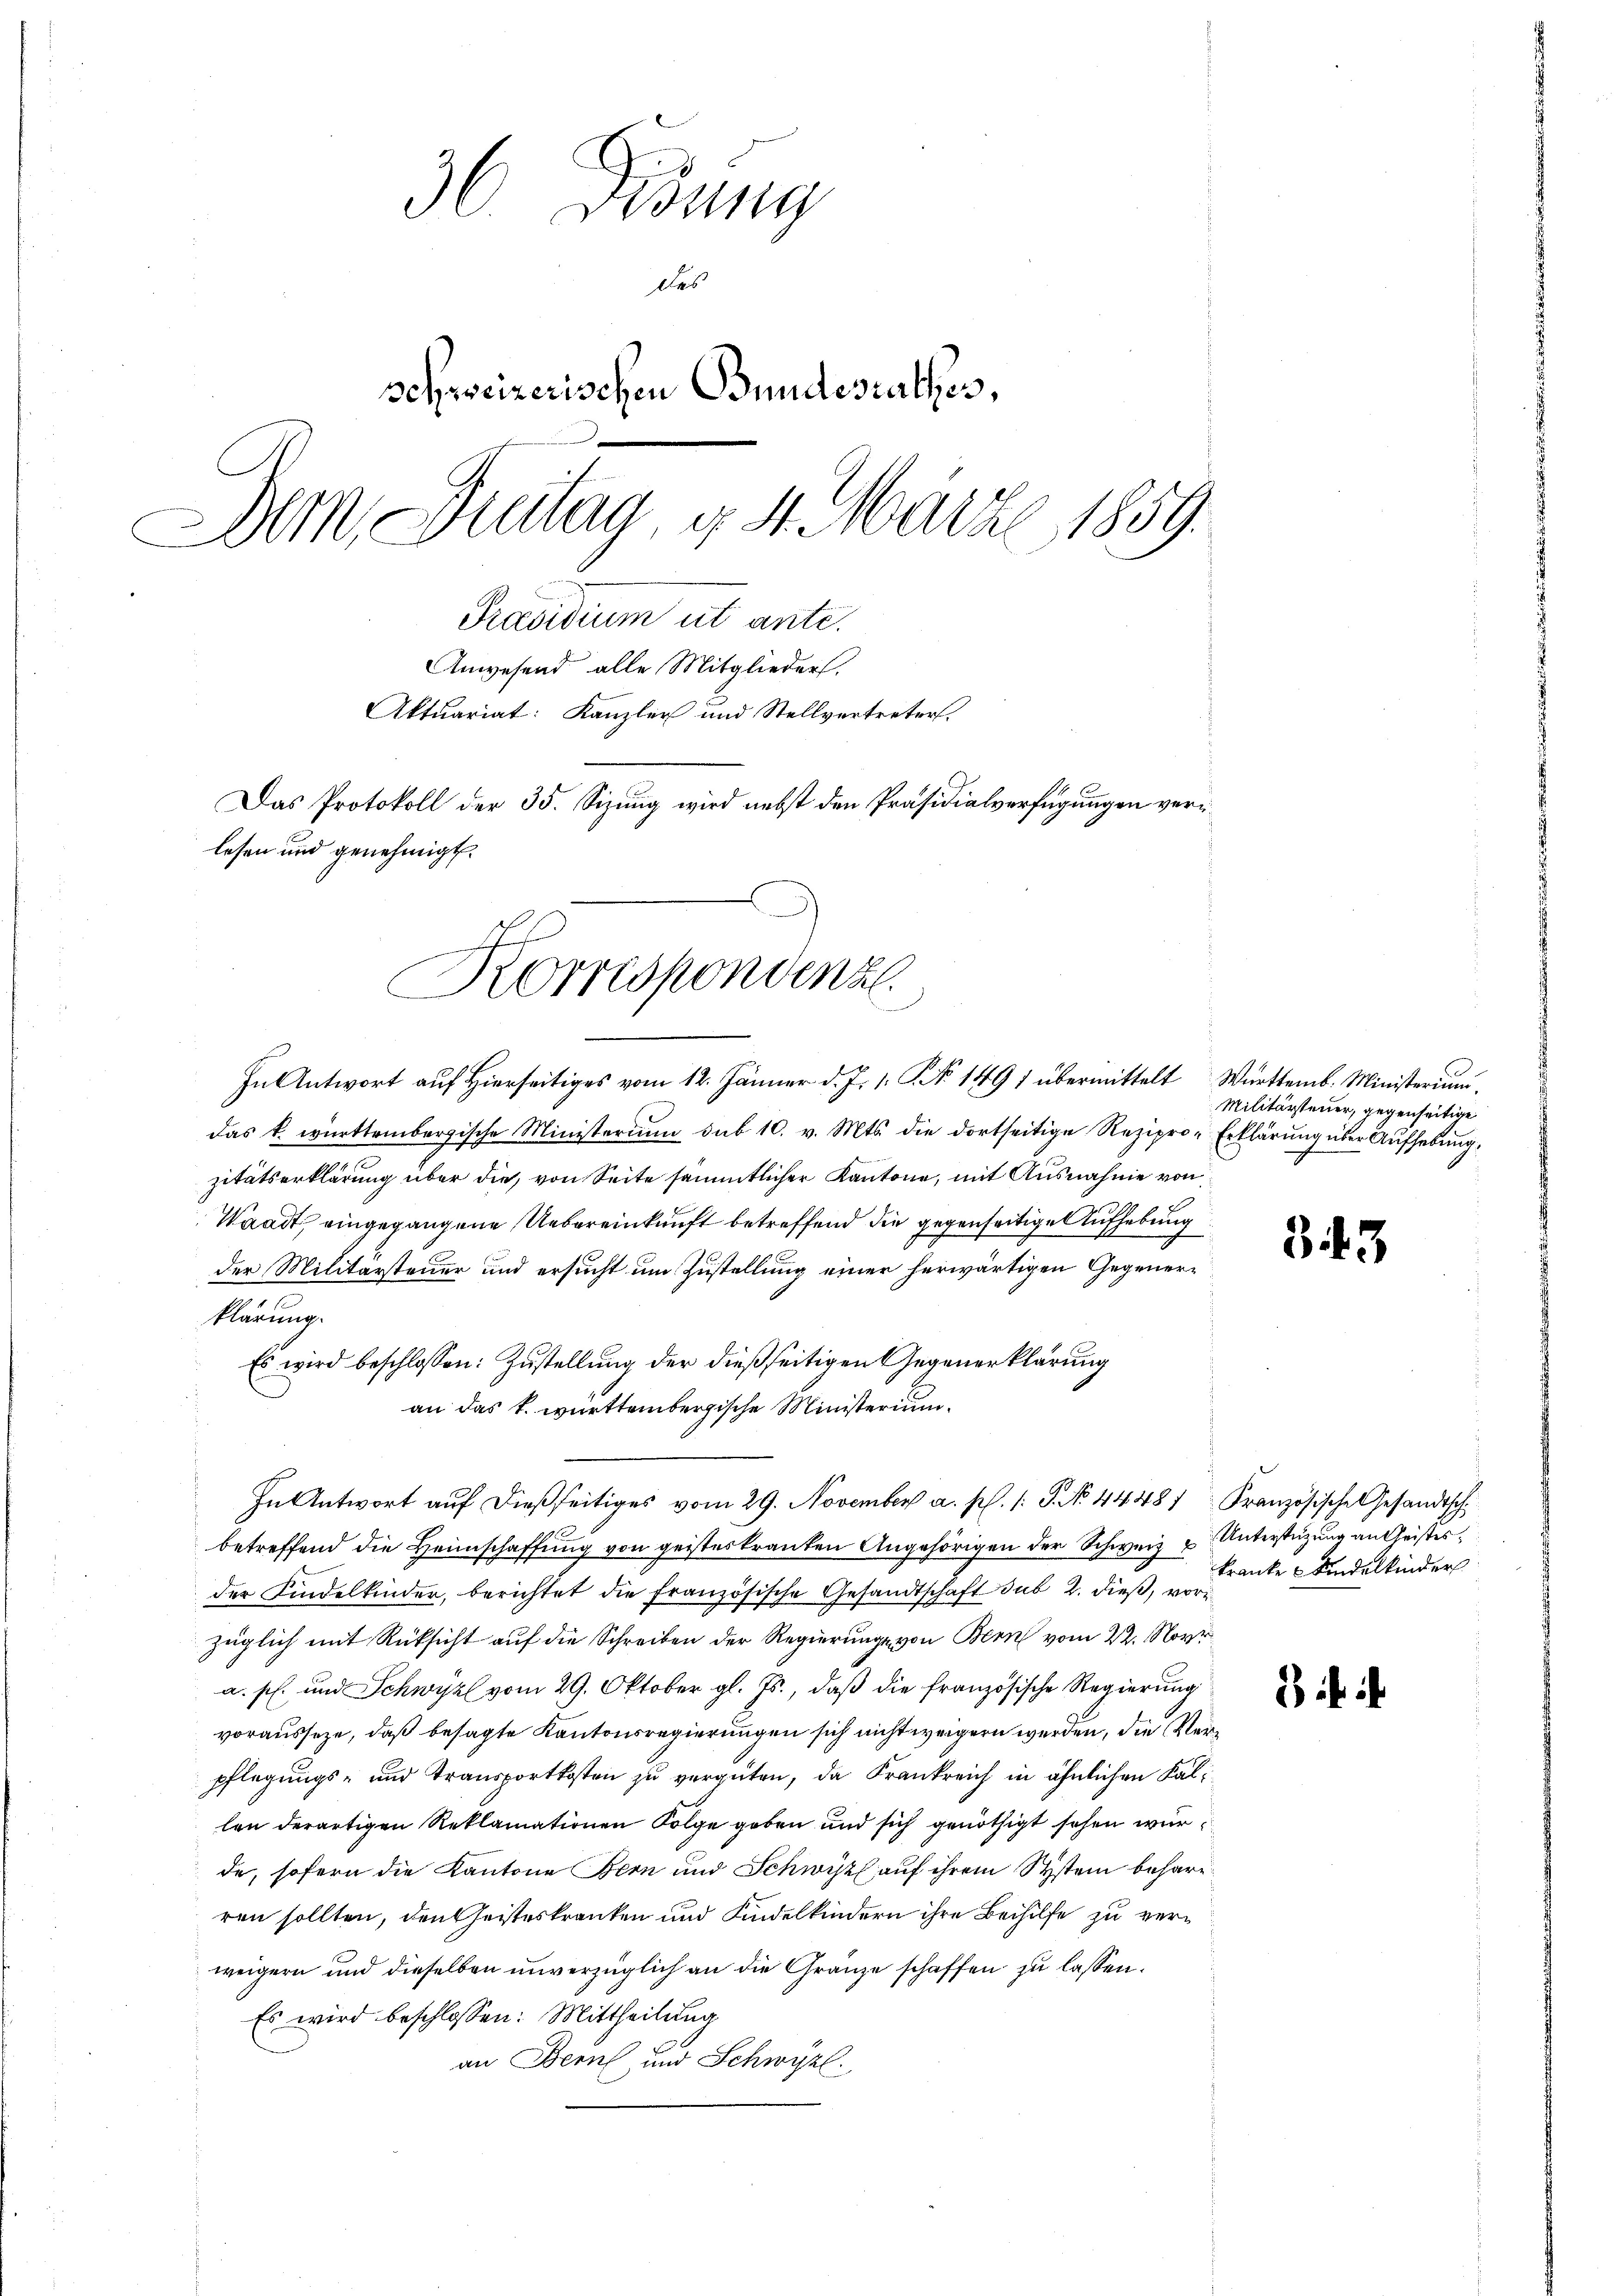
3. Visung
des
schweizerischen Bundesrathes,
Dem, Freitag, d. 4. März 1859.
Präsidium ut ante.
Anwesend alle Mitglieder.
Aktuariat: Kanzler und Stellvertreters.
Das Protokoll der 35. Sizung wird nebst den Präsidialverfügungen verlesen und genehmigt.

Al
Korrespondenz
In Antwort aŭf hierseitiges vom 12. Jänner d. Js. 1. No. 1491 übermittelt Württemb. Ministerium.

das k. württembergische Ministerium sub 10. v. Mts. die dortseitige Rezipro- Erklärung über Aufhebung,
zitätserklärung über die, von Seite sämmtlicher Kantone, mit Ausnahme von
Waadt eingegangene Uebereinkunft betreffend die gegenseitige Aufhebung
der Militärsteuer und ersucht um Zustellung einer herwärtigen Gegenerklärung.
Es wird beschlossen: Zustellung der dießseitigen Gegenerklärung
an das k. württembergische Ministerium
In Antwort aŭf dießseitiges vom 29. November a. p. /: J. N. 4448 Französische Gesandtsch
betreffend die Heimschaffung von geisteskranken Angehörigen der Schweiz u. Unterstüzung an Geistesder Kindelkinder, berichtet die französische Gesandtschaft sub 2. dieß, vorzüglich mit Rücksicht auf die Schreiben der Regierunge von Bern vom 22. Nove
a. p. und Schwyzl vom 29. Oktober gl. Js., daß die französische Regierung
vorausseze, daß besagte Kantonsregierungen sich nicht weigern werden, die Verpflegungs- und Transportkosten zu vergüten, da Krankreich in ähnlichen Kallen derartigen Reklamationen Folge geben und sich genöthigt sehen wur
de, sofern die Kantone Bern und Schwyz auf ihrem System behare
ren sollten, den Geisteskranken und Kindelkindern ihre Beihilfe zu verweigern und dieselben unverzüglich an die Gränze schaffen zu lassen.
Es wird beschlossen: Mittheilung
an Bern, und Schwyzl.

Militärsteuer, gegenseitige

343

kranke & Kindelkinder

if i